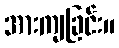
အားကျခြင်း။